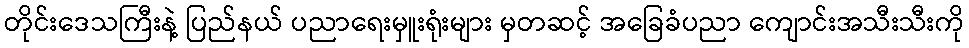
တိုင်းဒေသကြီးနဲ့ ပြည်နယ် ပညာရေးမှူးရုံးများ မှတဆင့် အခြေခံပညာ ကျောင်းအသီးသီးကို